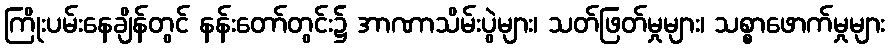
ကြိုးပမ်းနေချိန်တွင် နန်းတော်တွင်း၌ အာဏာသိမ်းပွဲများ၊ သတ်ဖြတ်မှုများ၊ သစ္စာဖောက်မှုများ